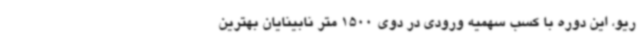
ریو، این دوره با کسب سهمیه ورودی در دوی 1500 متر نابینایان بهترین